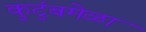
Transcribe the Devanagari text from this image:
कुटुंबमेळा